Indian journal of veterinary science and animal husbandry - Volume 14,
Year: 1944
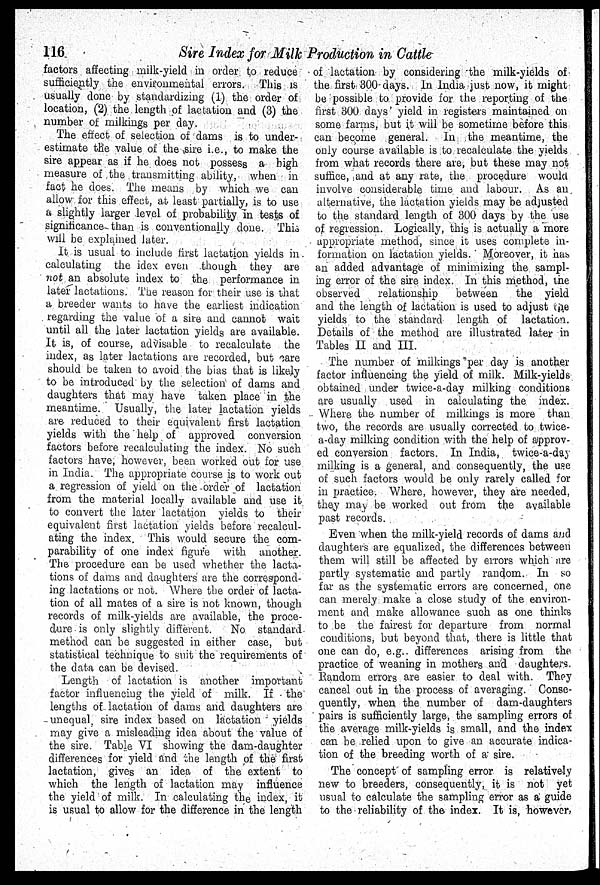
116
Sire Index for Milk Production in Cattle
factors affecting milk-yield in order to reduce
sufficiently the environmental errors. This is
usually done by standardizing (1) the order of
location, (2) the length of lactation and (3) the
number of milkings per day.
The effect of selection of dams is to under-
estimate the value of the sire i.e., to make the
sire appear as if he does not possess a high
measure of the transmitting ability, when in
fact he does. The means by which we can
allow for this effect, at least partially, is to use
a slightly larger level of probability in tests of
significance than is conventionally done. This
will be explained later.
It is usual to include first lactation yields in
calculating the idex even though they are
not an absolute index to the performance in
later lactations. The reason for their use is that
a breeder wants to have the earliest indication
regarding the value of a sire and cannot wait
until all the later lactation yields are available.
It is, of course, advisable to recalculate the
index, as later lactations are recorded, but care
should be taken to avoid the bias that is likely
to be introduced by the selection of dams and
daughters that may have taken place in the
meantime. Usually, the later lactation yields
are reduced to their equivalent first lactation
yields with the help of approved conversion
factors before recalculating the index. No such
factors have, however, been worked out for use
in India. The appropriate course is to work out
a regression of yield on the -order of lactation
from the material locally available and use it
to convert the later lactation yields to their
equivalent first lactation yields before recalcul-
ating the index. This would secure the com-
parability of one index figure with another.
The procedure can be used whether the lacta-
tions of dams and daughters are the correspond-
ing lactations or not. Where the order of lacta-
tion of all mates of a sire is not known, though
records of milk-yields are available, the proce-
dure is only slightly different.
No standard
method can be suggested in either case, but
statistical technique to suit the requirements of
the data can be devised.
Length of lactation is another important
factor influencing the yield of milk. If the
lengths of lactation of dams and daughters are
unequal, sire index based on lactation yields
may give a misleading idea about the value of
the sire. Table VI showing the dam-daughter
differences for yield and the length of the first
lactation, gives an idea of the extent to
which the length of lactation may influence
the yield of milk. In calculating the index, it
is usual to allow for the difference in the length
of lactation by considering the milk-yields of
the first 300 days. In India just now, it might
be possible to. provide for the reporting of the
first 300 days' yield in registers maintained on
some farms, but it will be sometime before this
can become general. In the meantime, the
only course available is to recalculate the yields
from what records there are, but these may not
suffice, and at any rate, the procedure would
involve considerable time and labour. As an
alternative, the lactation yields may be adjusted
to the standard length of 300 days by the use
of regression. Logically, this is actually a more
appropriate method, since it uses complete in-
formation on lactation yields. Moreover, it has
an added advantage of minimizing the sampl-
ing error of the sire index. In this method, the
observed
relationship
between
the yield
and the length of lactation is used to adjust the
yields to the standard length of lactation.
Details of the method are illustrated later in
Tables II and III.
The number of milkings per day is another
factor influencing the yield of milk. Milk-yields
obtained under twice-a-day milking conditions
are usually used in calculating the index.
Where the number of milkings is more than
two, the records are usually corrected to twice-
a-day milking condition with the help of approv-
ed conversion factors. In India, twice-a-day
milking is a general, and consequently, the use
of such factors would be only rarely called for
in practice. Where, however, they are needed,
they may be worked out from the available
past records.
Even when the milk-yield records of dams and
daughters are equalized, the differences between
them will still be affected by errors which are
partly systematic and partly random. In so
far as the systematic errors are concerned, one
can merely make a close study of the environ-
ment and make allowance such as one thinks
to be the fairest for departure from normal
conditions, but beyond that, there is little that
one can do, e.g., differences arising from the.
practice of weaning in mothers and daughters.
Random errors are easier to deal with. They
cancel out in the process of averaging. Conse-
quently, when the number of dam-daughters
pairs is sufficiently large, the sampling errors of
the average milk-yields is small, and the index
can be relied upon to give an accurate indica-
tion of the breeding worth of a sire.
The concept of sampling error is relatively
new to breeders, consequently, it is not yet
usual to calculate the sampling error as a guide
to the reliability of the index. It is, however,